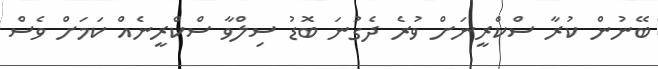
ބޭނުން ކުރާ ސްކްރީނަށް ވުރެ ދެގުނަ ބޮޑު ސިލްވާ ސްކްރީނެއް ކަމަށް ވެސް